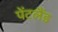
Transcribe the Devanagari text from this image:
पेंटलैंड